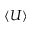
\langle U \rangle